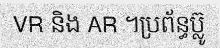
VR និង AR ។ប្រព័ន្ធប្ល៊ូ